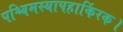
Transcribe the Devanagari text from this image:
पश्चिमस्यापहाकिंरक।